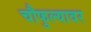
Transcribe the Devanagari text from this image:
चौफुल्यावर